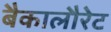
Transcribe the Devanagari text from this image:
बैकालौरेट